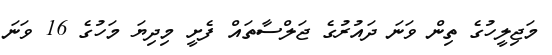
މަޖިލީހުގެ ތިން ވަނަ ދައުރުގެ ޖަލްސާތައް ފެށީ މިދިޔަ މަހުގެ 16 ވަނަ